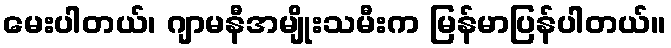
မေးပါတယ်၊ ဂျာမနီအမျိုးသမီးက မြန်မာပြန်ပါတယ်။